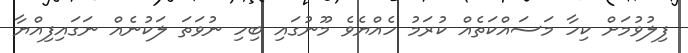
ފިލުވުމަށް ކިހާ މަސައްކަތެއް ކުރަމު ހެއްޔެވެ މޫނުގައި ބިހި ނުވަތަ ލަކުނެއް ނަގައިފިއްޔާ